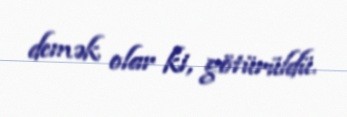
demək olar ki, götürüldü.